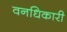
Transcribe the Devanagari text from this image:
वनधिकारी